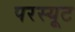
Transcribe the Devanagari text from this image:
परस्यूट